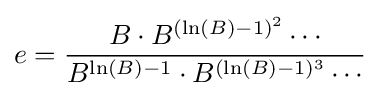
e={\frac {B\cdot B^{(\ln(B)-1)^{2}}\cdots }{B^{\ln(B)-1}\cdot B^{(\ln(B)-1)^{3}}\cdots }}